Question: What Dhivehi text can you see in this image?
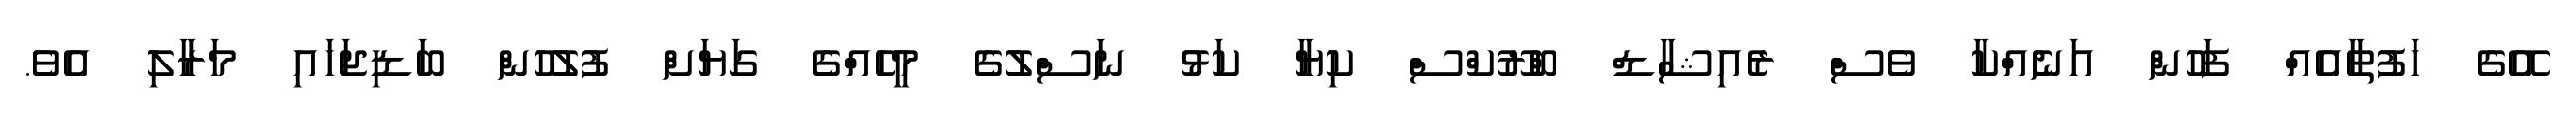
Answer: އޭގެ ހަފުތާއެއް ފަހުން އަނެއްކާ ވެސް ރެއިޝާޑް ބްރޫކްސް ކިޔާ ކަޅު ނަސްލުގެ މީހެއްގެ ގަޔަށް ފުލުހުން ބަޑިޖަހައި މަރާލި އެވެ.